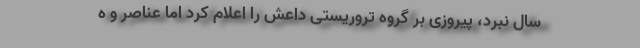
سال نبرد، پیروزی بر گروه تروریستی داعش را اعلام کرد اما عناصر و ه